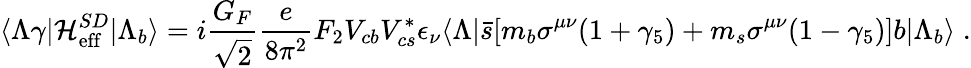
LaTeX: \langle\Lambda\gamma|{\cal H}_{\mathrm{eff}}^{SD}|\Lambda_{b}\rangle=i\frac{G_{F}}{\sqrt 2}\frac{e}{8\pi^{2}}F_{2}V_{cb}V_{cs}^{*}\epsilon_{\nu}\langle\Lambda|\bar{s}[m_{b}\sigma^{\mu\nu}(1+\gamma_{5})+m_{s}\sigma^{\mu\nu}(1-\gamma_{5})]b|\Lambda_{b}\rangle\; .